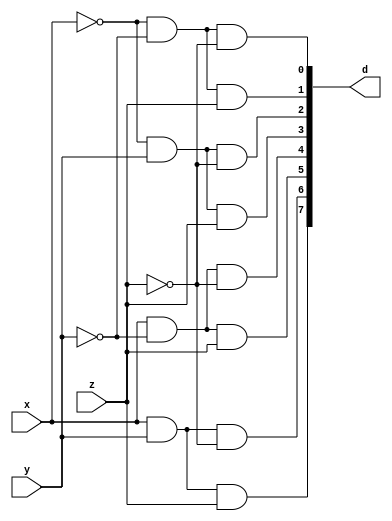
module decoder(x,y,z,d);
	input x,y,z;
	output[7:0] d;
	wire nx,ny,nz;

	not n1(nx,x);
	not n2(ny,y);
	not n3(nz,z);

	and a0(d[0],nx,ny,nz);
	and a1(d[1],nx,ny,z);
	and a2(d[2],nx,y,nz);
	and a3(d[3],nx,y,z);
	and a4(d[4],x,ny,nz);
	and a5(d[5],x,ny,z);
	and a6(d[6],x,y,nz);
	and a7(d[7],x,y,z);
endmodule

module fadder(s,c,x,y,z);
	input x,y,z;
	wire[7:0] d;
	output s,c;
	decoder d1(x,y,z,d);

	assign s = d[1]|d[2]|d[4]|d[7];
	assign c = d[3]|d[5]|d[6]|d[7];
endmodule

module adder_8bit(s,c,x,y,z);
	input[7:0] x,y; // numbers
	input z; // carry-in
	output[7:0] s; 
	output c; // carry-out
	wire[6:0] c0; // intermediate carry
	
	fadder f0(s[0],c0[0],x[0],y[0],z);	
	fadder f1(s[1],c0[1],x[1],y[1],c0[0]);	
	fadder f2(s[2],c0[2],x[2],y[2],c0[1]);	
	fadder f3(s[3],c0[3],x[3],y[3],c0[2]);	
	fadder f4(s[4],c0[4],x[4],y[4],c0[3]);	
	fadder f5(s[5],c0[5],x[5],y[5],c0[4]);	
	fadder f6(s[6],c0[6],x[6],y[6],c0[5]);	
	fadder f7(s[7],c,x[7],y[7],c0[6]);	
endmodule

module adder_32bit(s,c,x,y,z);
	input[31:0] x,y;
	input z;
	output[31:0] s;
	output c;
	wire[2:0] c0; // intermediate carry

	adder_8bit a0(s[7:0],c0[0],x[7:0],y[7:0],z);
	adder_8bit a1(s[15:8],c0[1],x[15:8],y[15:8],c0[0]);
	adder_8bit a2(s[23:16],c0[2],x[23:16],y[23:16],c0[1]);
	adder_8bit a3(s[31:24],c,x[31:24],y[31:24],c0[2]);
endmodule

module fadder_beh(s,c,x,y,z);
	input x,y,z;
	output reg s,c;

	always @ (x or y or z)
	begin
		if (x == 0) begin
			if (y == 0) begin // 0 + 0 + z
				s = z;
				c = 0;
			end
			else begin // 0 + 1 + z
				s = 1^z;
				c = z;
			end
		end
		else begin
			if (y == 0) begin // 1 + 0 + z
				s = 1^z;
				c = z;
			end
			else begin // 1 + 1 + z
				s = z;
				c = 1;
			end
		end
	end
endmodule

module addsub(s,c,x,y,z,m,v);
	input[3:0] x,y;
	input m,z;
	output[3:0] s;
	output c,v;
	wire[2:0] c0; // intermediate carries
	reg[3:0] t; // temp value for y (if complement needed) 

	always @ (y) begin
		if (m == 0) t = y;
		else t = -y;
	end

	fadder_beh f0(s[0],c0[0],x[0],t[0],z);
	fadder_beh f1(s[1],c0[1],x[1],t[1],c0[0]);
	fadder_beh f2(s[2],c0[2],x[2],t[2],c0[1]);
	fadder_beh f3(s[3],c,x[3],t[3],c0[2]);
	assign v = c0[2] ^ c;
endmodule

module testbench;
	reg[3:0] x,y;
	reg z,m;
	wire[3:0] s;
	wire c,v;
	addsub a(s,c,x,y,z,m,v);
	initial begin
		$monitor(,$time," m=%b, x=%4b, y=%4b, z=%b, s=%4b, c=%b, v=%b",m,x,y,z,s,c,v);
		#0 m=0; x=4'b0; y=4'b0; z=1'b0;
		#5 x=4'b1001;
		#5 y=4'b0001;
		#5 m=1'b1;
		#5 $finish;
	end
endmodule